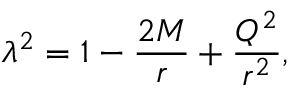
\lambda ^ { 2 } = 1 - \frac { 2 M } { r } + \frac { Q ^ { 2 } } { r ^ { 2 } } ,